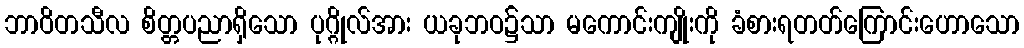
ဘာဝိတသီလ စိတ္တပညာရှိသော ပုဂ္ဂိုလ်အား ယခုဘဝ၌သာ မကောင်းကျိုးကို ခံစားရတတ်ကြောင်းဟောသော